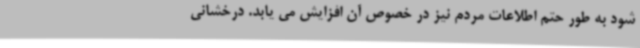
شود به طور حتم اطلاعات مردم نیز در خصوص آن افزایش می یابد. درخشانی